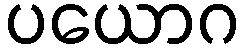
ပယောဂ